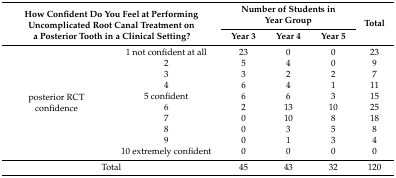
| <ROWSPAN=2-COLSPAN=2> How Confident Do You Feel at Performing Uncomplicated Root Canal Treatment on a Posterior Tooth in a Clinical Setting? | <COLSPAN=3> Number of Students in Year Group | <ROWSPAN=2> Total |
 | Year 3 | Year 4 | Year 5 |
 | --- | --- | --- | --- | --- | --- |
 | <ROWSPAN=10> posterior RCT confidence | 1 not confident at all | 23 | 0 | 0 | 23 |
 | 2 | 5 | 4 | 0 | 9 |
 | 3 | 3 | 2 | 2 | 7 |
 | 4 | 6 | 4 | 1 | 11 |
 | 5 confident | 6 | 6 | 3 | 15 |
 | 6 | 2 | 13 | 10 | 25 |
 | 7 | 0 | 10 | 8 | 18 |
 | 8 | 0 | 3 | 5 | 8 |
 | 9 | 0 | 1 | 3 | 4 |
 | 10 extremely confident | 0 | 0 | 0 | 0 |
 | <COLSPAN=2> Total | 45 | 43 | 32 | 120 |